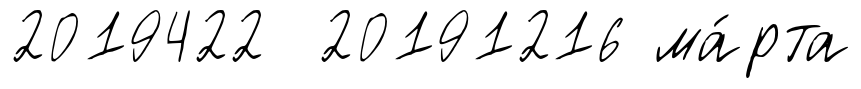
2019422 20191216 ма́рта